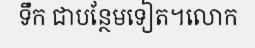
ទឹក ជាបន្ថែមទៀត។លោក